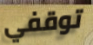
توقفي